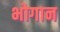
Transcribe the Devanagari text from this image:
भोगान